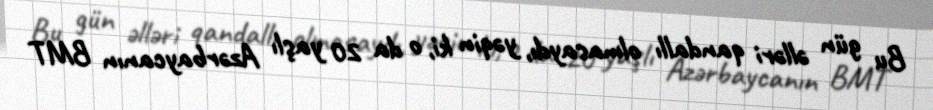
Bu gün əlləri qandallı olmasaydı, yəqin ki, o da 20 yaşlı Azərbaycanın BMT